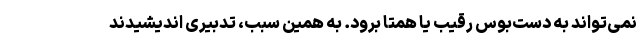
نمی‌تواند به دست‌بوس رقیب یا همتا برود. به همین سبب، تدبیری اندیشیدند